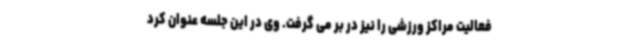
فعالیت مراکز ورزشی را نیز در بر می گرفت. وی در این جلسه عنوان کرد